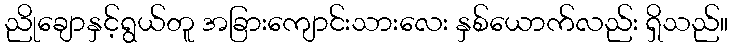
ညိုချောနှင့်ရွယ်တူ အခြားကျောင်းသားလေး နှစ်ယောက်လည်း ရှိသည်။